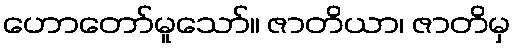
ဟောတော်မူသော်။ ဇာတိယာ၊ ဇာတိမှ